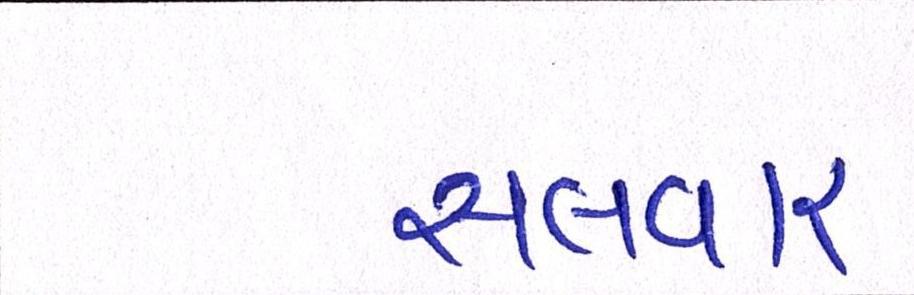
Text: સલવાર